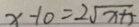
x - 1 0 = 2 \sqrt { x + 5 }